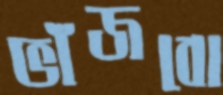
ভাঁজবো